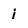
Character: i